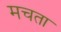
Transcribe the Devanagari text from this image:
मचता